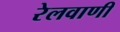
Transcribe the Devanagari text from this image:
रेलवाणी